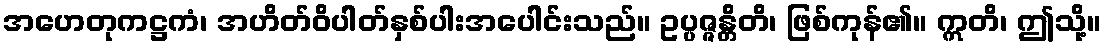
အဟေတုကဋ္ဌကံ၊ အဟိတ်ဝိပါတ်နှစ်ပါးအပေါင်းသည်။ ဥပ္ပဇ္ဇန္တိတိ၊ ဖြစ်ကုန်၏။ ဣတိ၊ ဤသို့။